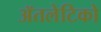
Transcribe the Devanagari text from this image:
ॲतलेटिको